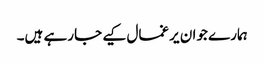
ہمارے جوان یرغمال کیے جارہے ہیں۔